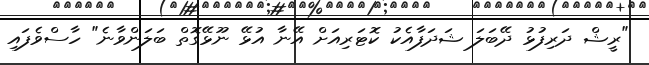
"ރީޝް ދަރިފުޅު ދޭބަލަ ޝަދަފާއެކު ކޮޓަރިއަށް އޭނާ އުޅޭ ނޫޅޭގޮތް ބަލަންވާނެ" ހާސްވެފައި